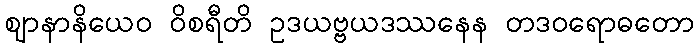
ဈာနာနိယေဝ ဝိစရီတိ ဥဒယဗ္ဗယဒဿနေန တဒဝရောဓတော